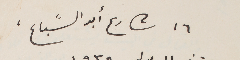
١٦ شارع أبو السًباع،